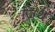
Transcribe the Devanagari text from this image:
जिथॆ